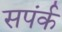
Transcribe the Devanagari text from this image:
सपंर्क